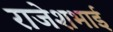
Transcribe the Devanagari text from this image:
राजेशभाई